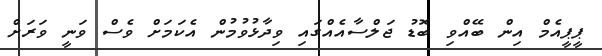
ޕީޕީއެމް އިން ބޭއްވި ބޮޑު ޖަލްސާއެއްގައި ވިދާޅުވުމުން އެކަމަށް ވެސް ވަނީ ވަރަށް